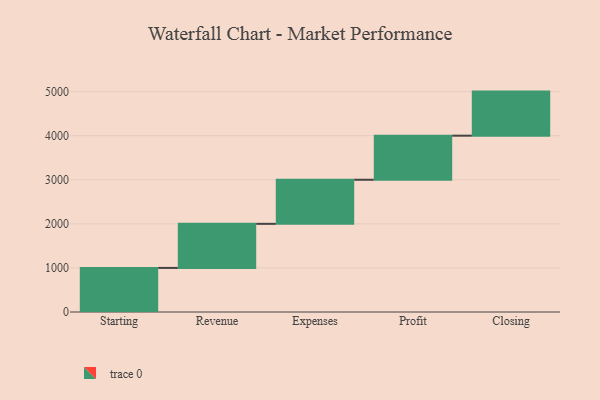
{"axis": {"x": "Step", "y": "Value"}, "legend": [""], "data": [{"x": "Starting", "y": 1000, "type": ""}, {"x": "Revenue", "y": 1000, "type": ""}, {"x": "Expenses", "y": 1000, "type": ""}, {"x": "Profit", "y": 1000, "type": ""}, {"x": "Closing", "y": 1000, "type": ""}]}